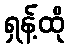
ရှန့်ထို